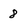
Character: 8